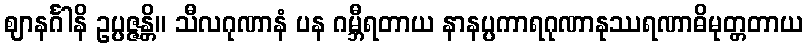
ဈာနင်္ဂါနိ ဥပ္ပဇ္ဇန္တိ။ သီလဂုဏာနံ ပန ဂမ္ဘီရတာယ နာနပ္ပကာရဂုဏာနုဿရဏာဓိမုတ္တတာယ